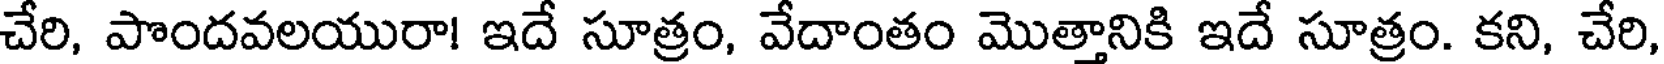
చేరి, పొందవలయురా! ఇదే సూత్రం, వేదాంతం మొత్తానికి ఇదే సూత్రం. కని, చేరి